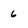
Character: 6